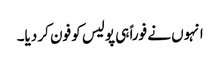
انہوں نے فوراً ہی پولیس کو فون کر دیا۔